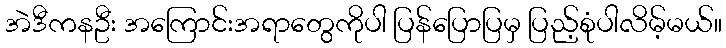
အဲဒီကနဦး အကြောင်းအရာတွေကိုပါ ပြန်ပြောပြမှ ပြည့်စုံပါလိမ့်မယ်။